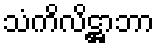
သံကိလိဋ္ဌာဘာ